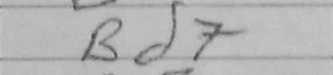
Transcription: Bd7